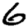
Digit: 6